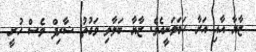
ޒާޔާ އާއި އަރާ ހަމަވަނީއެވެ. ޒާޔާ ބަލާލި ވަގުތު ޝާރިފް ވެސް ހުރީ